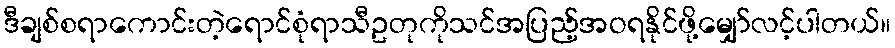
ဒီချစ်စရာကောင်းတဲ့ရောင်စုံရာသီဥတုကိုသင်အပြည့်အဝရနိုင်ဖို့မျှော်လင့်ပါတယ်။